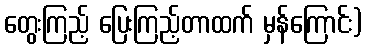
တွေးကြည့် ပြေးကြည့်တာထက် မှန်ကြောင်း)